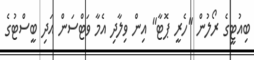
ބިއުޓީގެ ރޯލުން "ހެރީ ޕޮޓާ" އިން ވިލާދި އެމާ ވަޓްސަން އަދި ބީސްޓުގެ